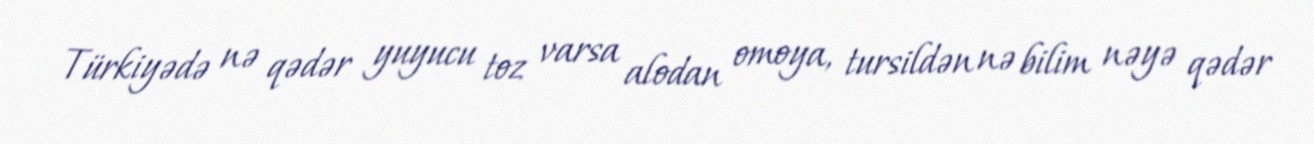
Türkiyədə nə qədər yuyucu toz varsa alodan omoya, tursildən nə bilim nəyə qədər